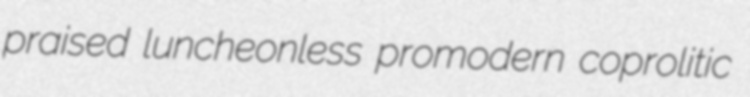
praised luncheonless promodern coprolitic